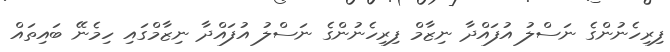
ފިރިހެނުންގެ ނަސްލު އުފައްދާ ނިޒާމް ފިރިހެނުންގެ ނަސްލު އުފައްދާ ނިޒާމްގައި ހިމެނޭ ބައިތައް